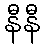
နီနီ